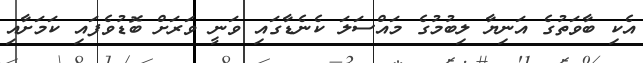
އެކި ބާވަތުގެ އަނިޔާ ލިބުމުގެ މައްސަލަ ކެނެޑާގައި ވަނީ ވަރަށް ބޮޑުވެފައި ކަމަށާއި